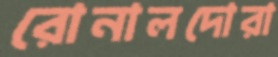
রোনালদোরা